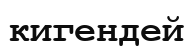
кигендей